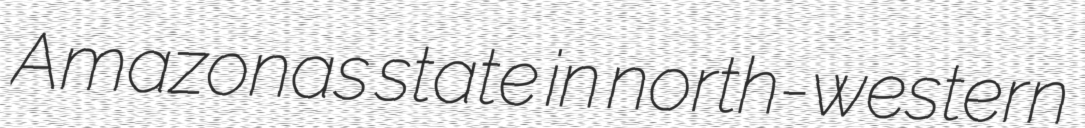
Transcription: Amazonas state in north-western